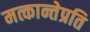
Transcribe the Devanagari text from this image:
मत्कान्तेप्रति